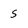
Character: 5